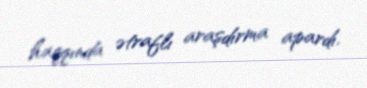
haqqında ətraflı araşdırma apardı.